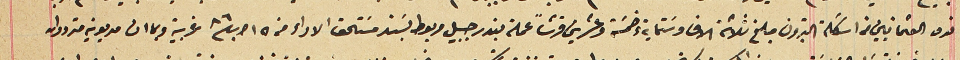
نده العثمانيين من اسَكلة البترون مبلغ ثلاثة الاف وسَتماية وخمسَة وعشرين قرشاً عملة بندر جبيل مربوط بسَند مسَتحق الاداء من ١٥ اب /٨٦ غربية وبما ان مديونيه مترددان